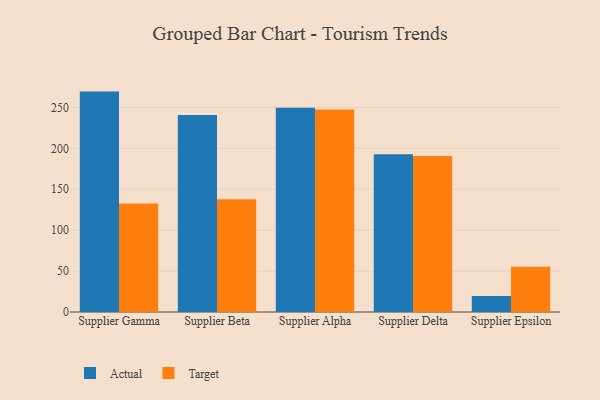
{"axis": {"x": "Supplier", "y": "Demand Index"}, "legend": ["Actual", "Target"], "data": [{"x": "Supplier Gamma", "y": 269.3, "type": "Actual"}, {"x": "Supplier Gamma", "y": 132.6, "type": "Target"}, {"x": "Supplier Beta", "y": 240.7, "type": "Actual"}, {"x": "Supplier Beta", "y": 137.7, "type": "Target"}, {"x": "Supplier Alpha", "y": 249.6, "type": "Actual"}, {"x": "Supplier Alpha", "y": 247.5, "type": "Target"}, {"x": "Supplier Delta", "y": 192.6, "type": "Actual"}, {"x": "Supplier Delta", "y": 190.5, "type": "Target"}, {"x": "Supplier Epsilon", "y": 19.6, "type": "Actual"}, {"x": "Supplier Epsilon", "y": 55.3, "type": "Target"}]}